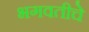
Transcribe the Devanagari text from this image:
भगवतीचे